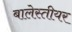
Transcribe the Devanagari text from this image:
बालेस्तीयर